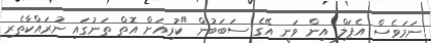
ނަމަވެސް އެޕަލް އިން ވަނީ އޭގެ ސަބަބުން "ކުރިއަށް އޮތް ތަނުގައި ނުރައްކާތެރި